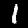
Label: 1